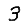
Digit: 3